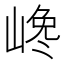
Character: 𡺎